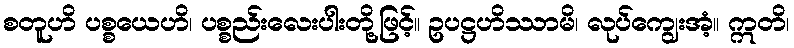
စတူဟိ ပစ္စယေဟိ၊ ပစ္စည်းလေးပါးတို့ဖြင့်။ ဥပဋ္ဌဟိဿာမိ၊ လုပ်ကျွေးအံ့။ ဣတိ၊